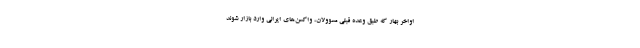
اواخر بهار که طبق وعده قبلی مسوولان، واکسن‌های ایرانی وارد بازار شوند